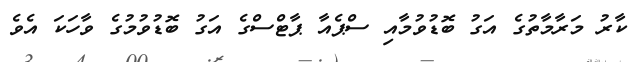
ކާރު މަރާމާތުގެ އަގު ބޮޑުވުމާއި ސްޕެއާ ޕާޓްސްގެ އަގު ބޮޑުވުމުގެ ވާހަކަ އެވެ